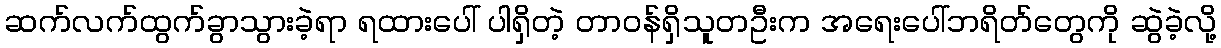
ဆက်လက်ထွက်ခွာသွားခဲ့ရာ ရထားပေါ် ပါရှိတဲ့ တာဝန်ရှိသူတဦးက အရေးပေါ်ဘရိတ်တွေကို ဆွဲခဲ့လို့